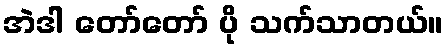
အဲဒါ တော်တော် ပို သက်သာတယ်။